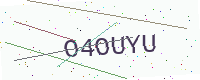
Text: O4OUYU